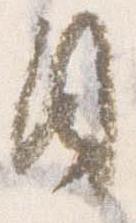
日